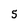
Character: 5